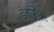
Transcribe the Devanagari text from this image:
डेलाक्रॉक्स